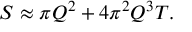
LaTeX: S \approx \pi Q ^ { 2 } + 4 \pi ^ { 2 } Q ^ { 3 } T .